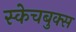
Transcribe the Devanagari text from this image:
स्केचबुक्स